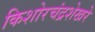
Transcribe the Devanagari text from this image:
किशोरचंद्रशेखरे